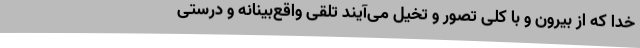
خدا که از بیرون و با کلی تصور و تخیل می‌آیند تلقی واقع‌بینانه و درستی